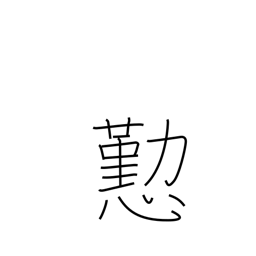
Meaning: courtesy